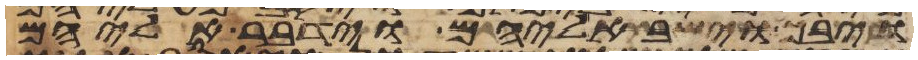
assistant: ויבך וישב אליהם וידבר אליהם